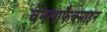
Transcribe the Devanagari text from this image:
वेनलाफैक्साइन